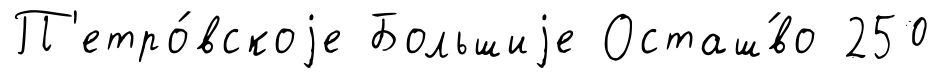
П'етро́вскоjе Большиjе Осташ́во 250